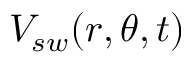
V _ { s w } ( r , \theta , t )